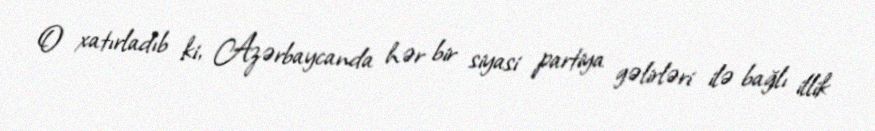
O xatırladıb ki, Azərbaycanda hər bir siyasi partiya gəlirləri ilə bağlı illik